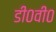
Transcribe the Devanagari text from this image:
डी०वी०